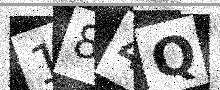
Text: 184Q